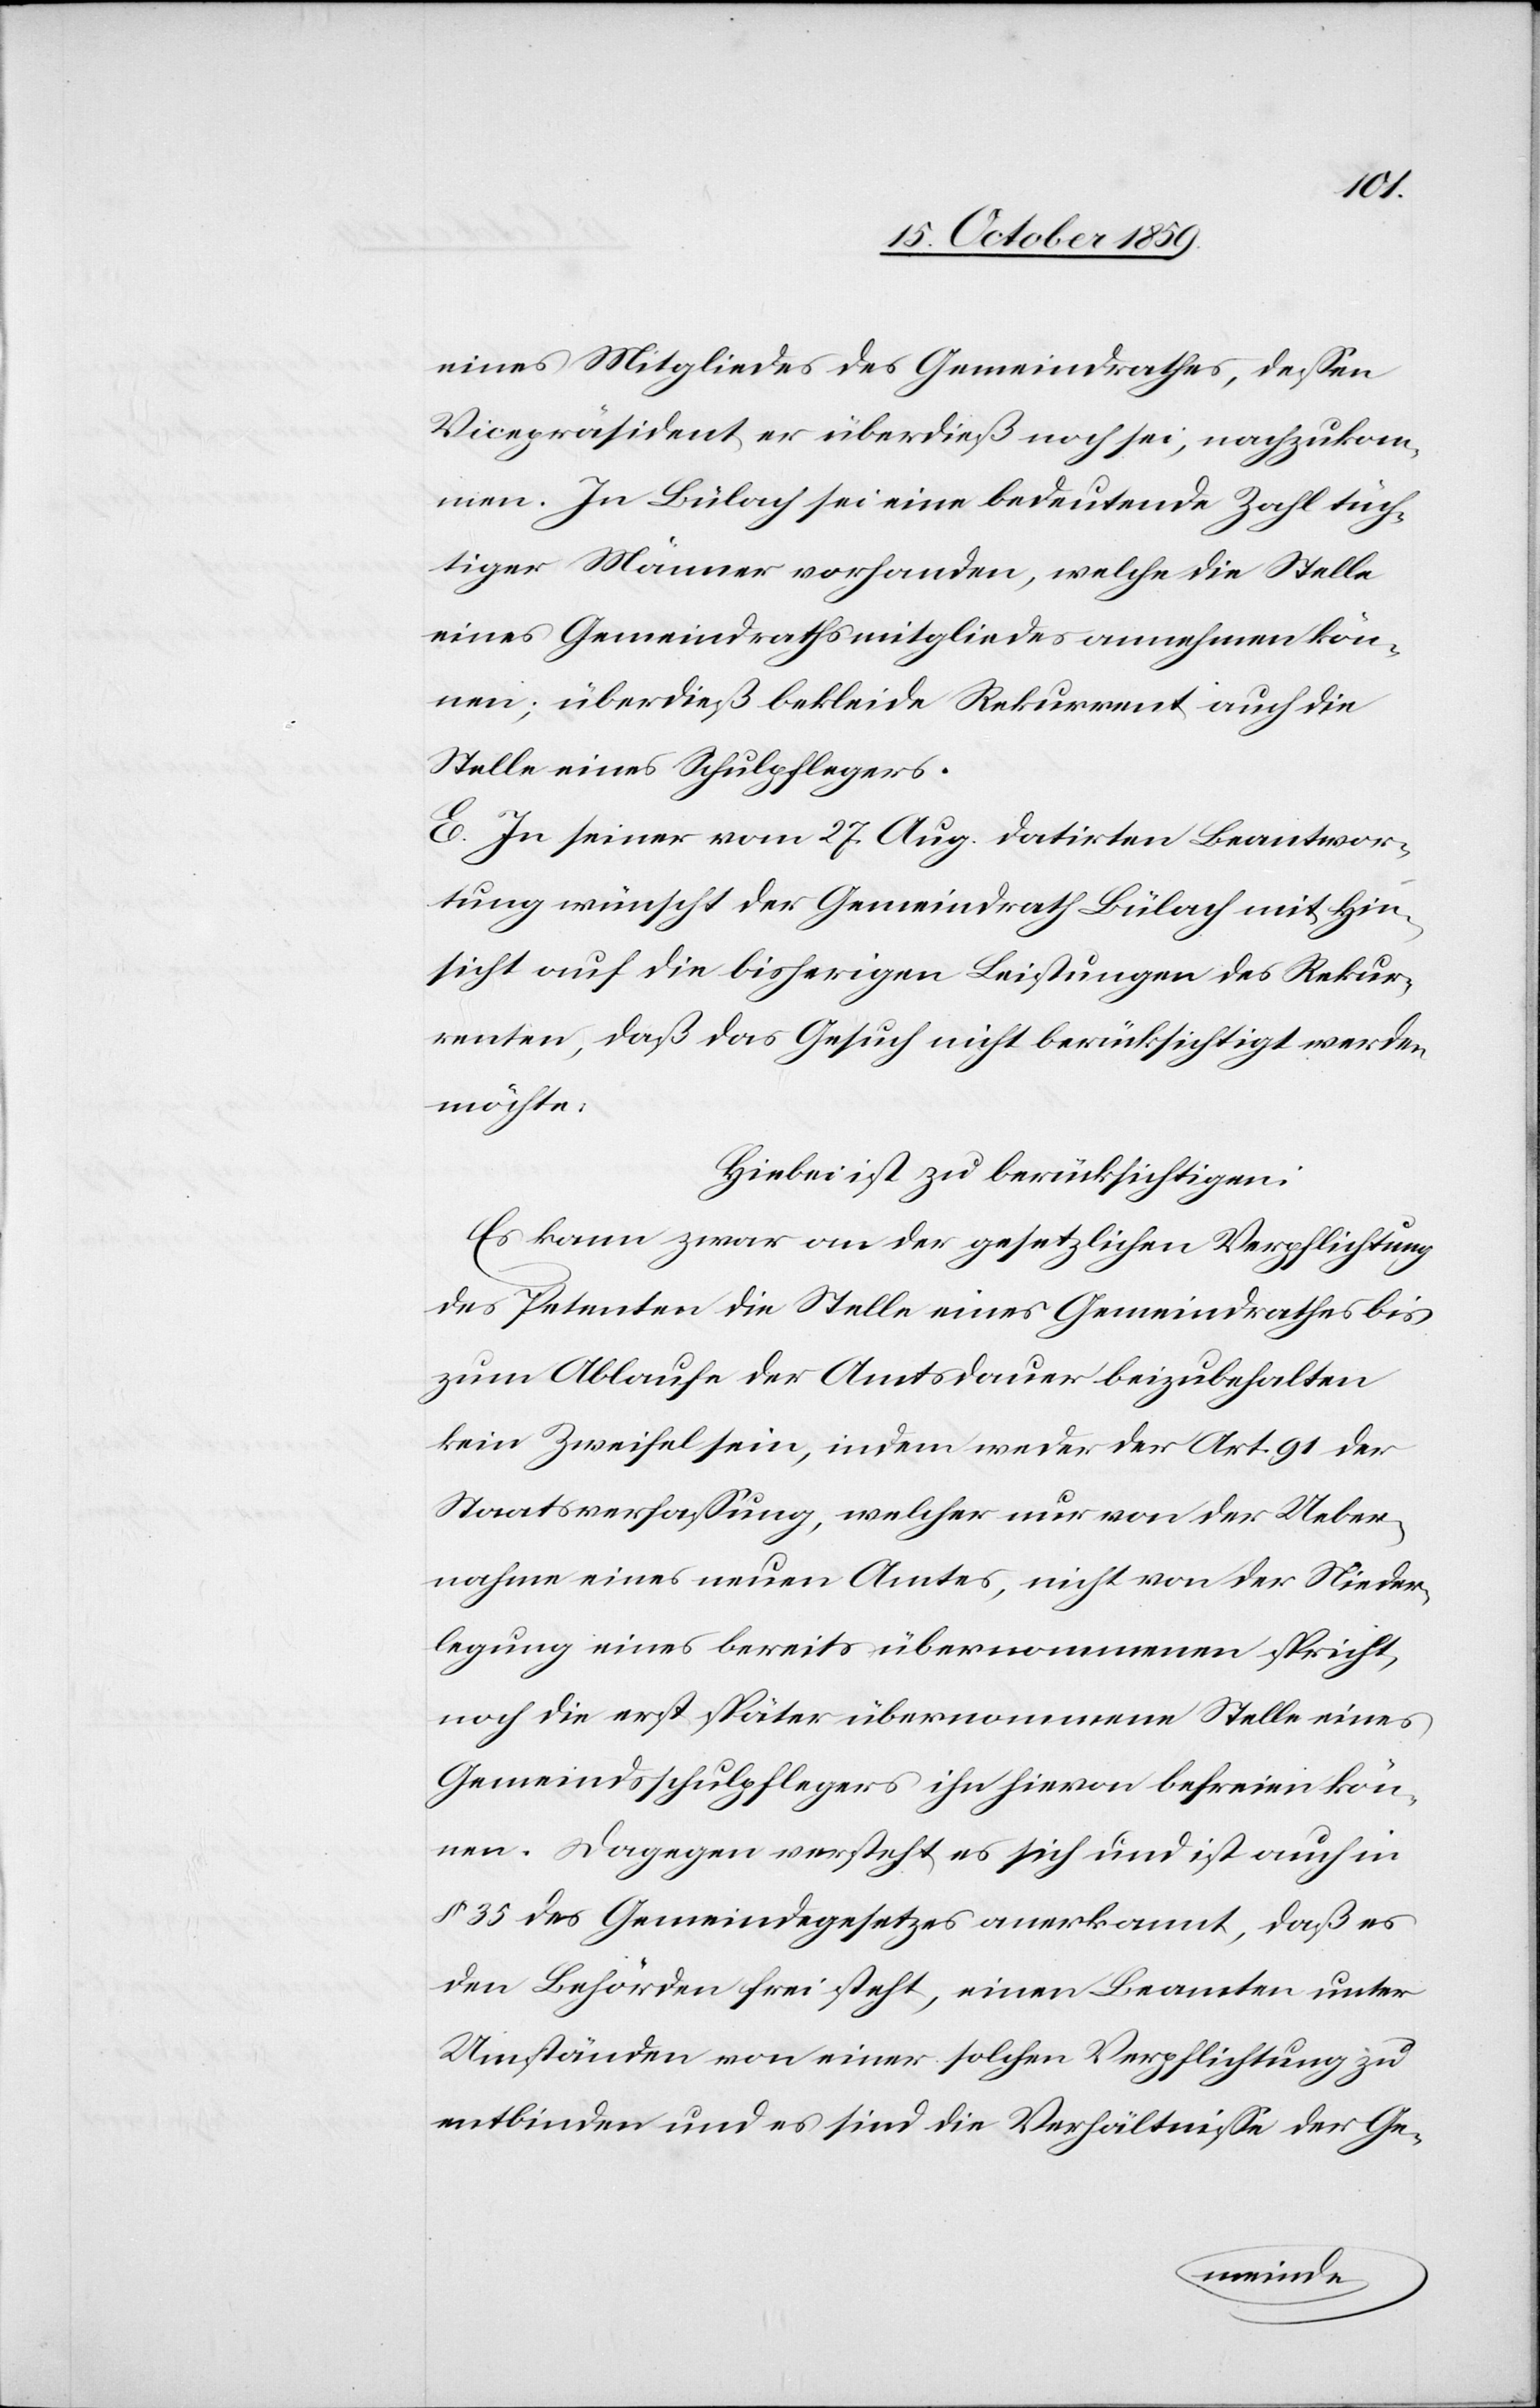
eines Mitgliedes des Gemeindrathes, dessen
Vicepräsident er überdieß noch sei, nachzukom¬
men. In Bülach sei eine bedeutende Zahl tüch¬
tiger Männer vorhanden, welche die Stelle
eines Gemeindrathsmitgliedes annehmen kön¬
nen; überdieß bekleide Rekurrent auch die
Stele eines Schulpflegers.
E. In seiner vom 27. Aug. datierten Beantwor¬
tung wünscht der Gemeindrath Bülach mit Hin¬
sicht auf die bisherigen Leistungen des Rekur¬
renten, daß das Gesuch nicht berücksichtigt werden
möchte.
Hiebei ist zu berücksichtigen:
Es kann zwar an der gesetzlichen Verpflichtung
des Petenten die Stelle eines Gemeindrathes bis
zum Ablaufe der Amtsdauer beizubehalten
kein Zweifel sein, indem weder der Art. 91 der
Staatsverfassung, welcher nur von der Ueber¬
nahme eines neuen Amtes, nicht von der Nieder¬
legung eines bereits übernommenen spricht,
noch die erst später übernommene Stelle eines
Gemeindschulpflegers ihn hievon befreien kön¬
nen. Dagegen versteht es sich und ist auch in
§ 35 des Gemeindegesetzes anerkannt, daß es
den Behörden frei steht, einen Beamten unter
Umständen von einer solcher Verpflichtung zu
entbinden und es sind die Verhältnisse der Ge-